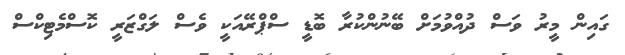
ގައިން މީރު ވަސް ދުއްވުމަށް ބޭނުންކުރާ ބޮޑީ ސްޕްރޭއަކީ ވެސް ލަގްޒަރީ ކޮސްމެޓިކްސް